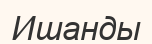
Ишанды